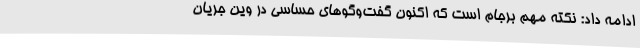
ادامه داد: نکته مهم برجام است که اکنون گفت‌وگوهای حساسی در وین جریان